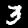
Digit: 3